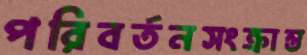
পরিবর্তনসংক্রান্ত